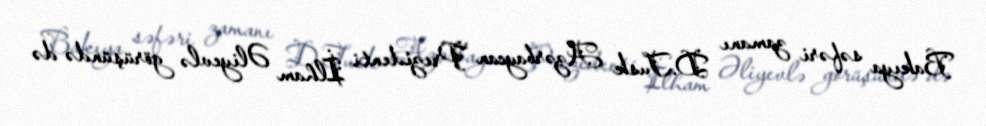
Bakıya səfəri zamanı D.Tusk Azərbaycan Prezidenti İlham Əliyevlə görüşündə də